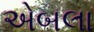
એબલા